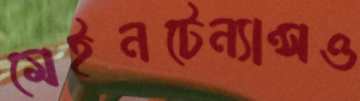
মেইনটেন্যান্সও